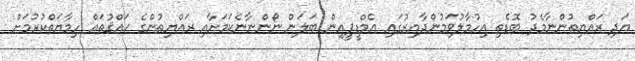
އަދި ރައްޔިތުންނާމެދު ބޮޑެތި އިހުމާލުވަމުންދާއިރުގައި އެމްޑީޕީއިން ބަލަން ނޯންނާނެކަމަށާއި ރައްޔިތުންގެ ޙައްޤުތައް ހިމާޔަތްކުރުމަށް